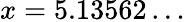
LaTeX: x=5.13562\dots